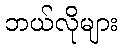
ဘယ်လိုများ